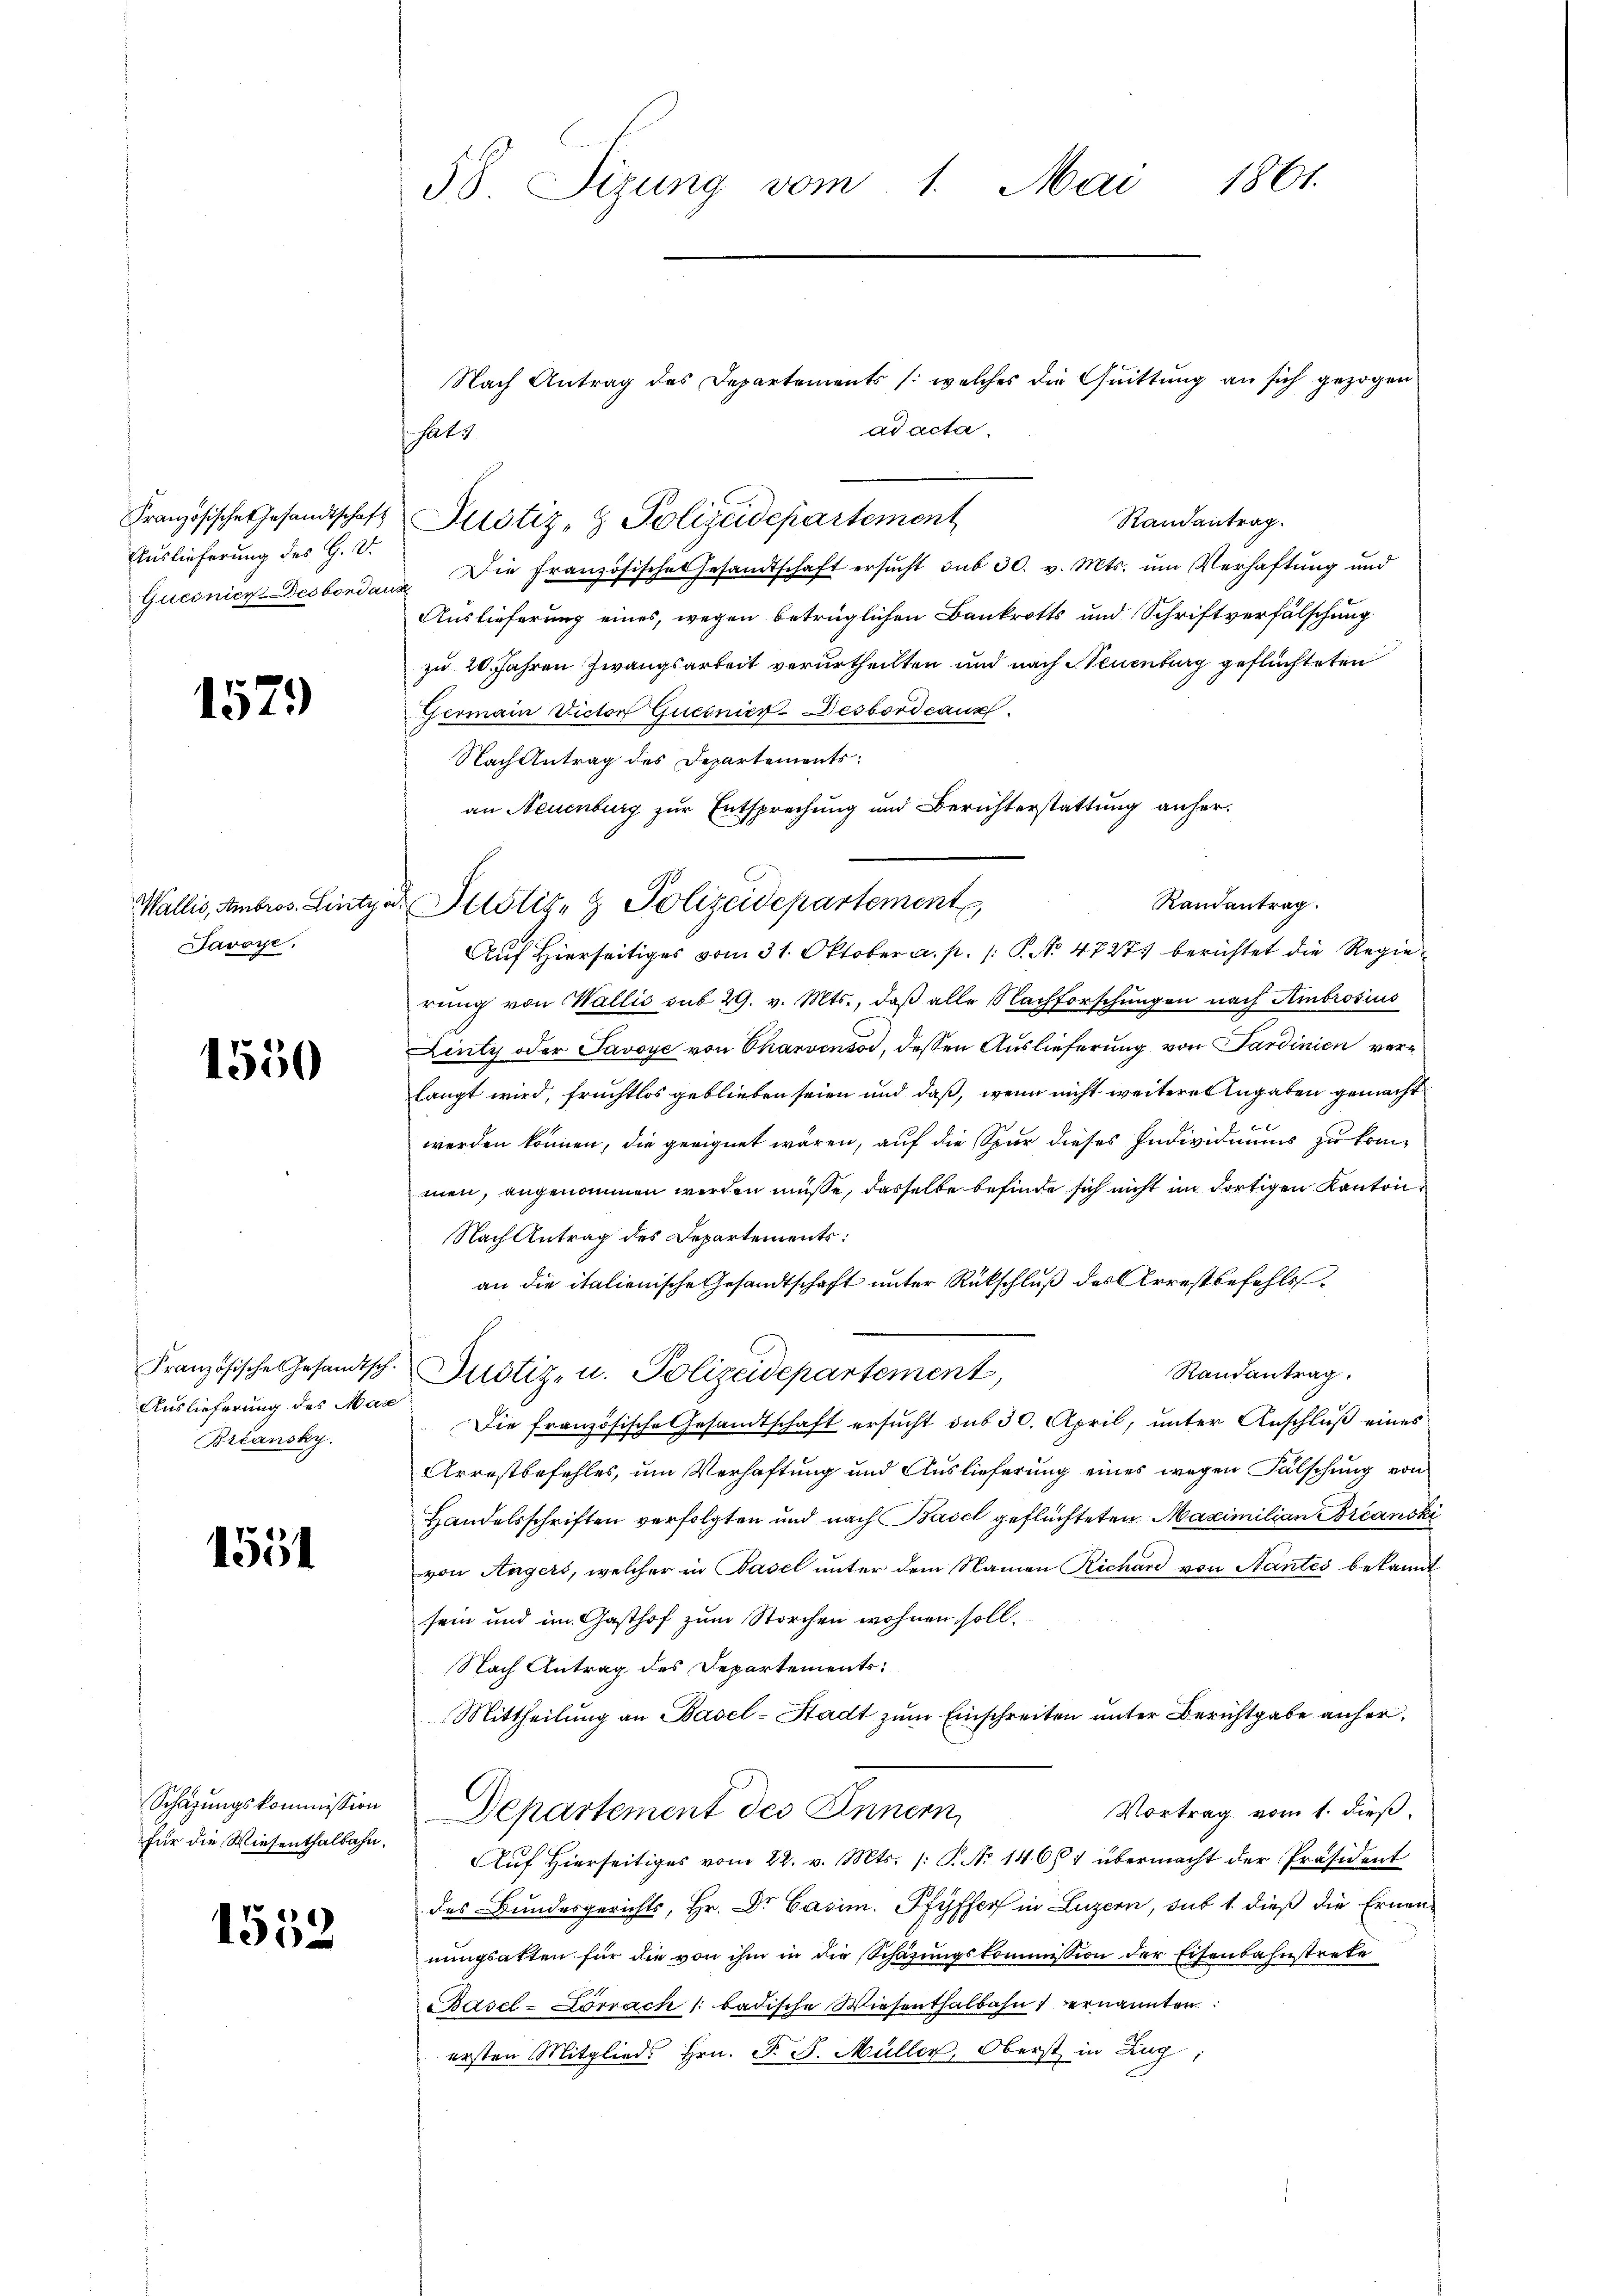
Französische Gesandtschaft
Auslieferung des H. V.
Gucinien-Desbordan

1579

Wallis, Ambros. Linty.
Javoye.

1550

Französische Gesandtsch.
Auslieferung des Max
Breansky.

1551

Schazungskommission
für die Wiesenthalbahn,

1552

58 Sizung vom 1. Mai 1861.

Nach Antrag des Departements (welches die Quittung an sich gezogen
ad acta.
Randantrag.
Justiz- & Polizeidepartement
. Die Französische Gesandtschaft ersŭcht sub 30. v. Mts. um Verhaftung und
Auslieferung eines, wegen betrüglichen Bankrotts und Schriftverfälschung
zu 20 Jahren Zwangsarbeit verurtheilten und nach Neuenburg geflüchteten
Germain Victor Quesnier Desbord caus
Nach Antrag des Departements
an Neuenburg zur Entsprechung und Berichterstattung anher¬
Randantrag.
 Justiz- & Polizeidepartement
Auf Hierseitiges vom 31. Oktober a. p. /: P. No 4727) berichtet die Regierung von Wallis sub 29. v. Mts., daß alle Nachforschungen nach Ambrosius
Dinty oder Savoye von Charvenso, dessen Auslieferung von Sardinien verlangt wird, fruchtlos geblieben seien und daß, wenn nicht weiteres Angaben gemacht
werden können, die geeignet wären, auf die Spur dieses Individuums zu kommen, angenommen werden müsse, dasselbe befinde sich nicht im dortigen Kanton
Nach Antrag des Departements:
an die italienische Gesandtschaft unter Rückschluß des Arrestbefehls
Randantrag.
Justiz- u. Polizeidepartement,
Die französische Gesandtschaft ersucht dus 30. April, unter Anschluß eines
Arrestbefehles, um Verhaftung und Auslieferung eines wegen Fälschung von
Handelsschriften verfolgten und nach Basel geflüchteten Maximilian Breanski
von Angers, welcher in Basel unter dem Namen Richard von Nantes bekannt
sein und im Gasthof zum Storchen wohnen soll.
Nach Antrag des Departements
Mittheilung an Basel-Stadt zum Einschreiten unter Berichtgabe anher¬
Vortrag vom 1. dieß,
Departement des Innern
Auf hierseitiges vom 22. v. Mts. /: P. Nr. 1467 übermacht der Präsident
des Bundesgerichts, Hr. Dr. Casim. Pfyffers in Luzern, sub 1 dieß die Ernennungsatten für die von ihm in die Schazungskommission der Eisenbahnstrete
Basel-Lörrach 1 badische Wiesenthalbahn 1 ernannten
ersten Mitglieds Hrn. F. J. Müller, Oberst in Lag

Haty